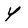
Character: y